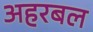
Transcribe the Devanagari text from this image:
अहरबल